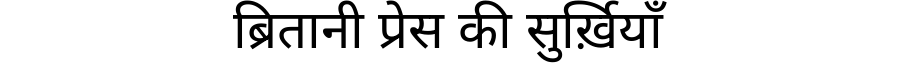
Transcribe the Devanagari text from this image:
ब्रितानी प्रेस की सुर्ख़ियाँ